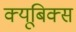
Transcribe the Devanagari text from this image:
क्यूबिक्स